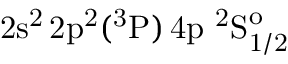
\mathrm { 2 s ^ { 2 } \, 2 p ^ { 2 } ( ^ { 3 } P ) \, 4 p ~ ^ { 2 } S _ { 1 / 2 } ^ { o } }